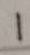
1